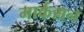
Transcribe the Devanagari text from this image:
मार्कसन